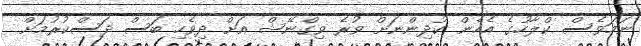
ނަމަވެސް ކްލާހުގެ އެހެން ކުދިންނަށް ވުރެ ވިގްނޭޝް އަށް ދިވެހި ބަސް ދަސްކުރުމަށް